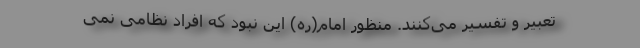
تعبیر و تفسیر می‌کنند. منظور امام(ره) این نبود که افراد نظامی نمی